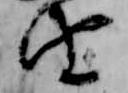
由